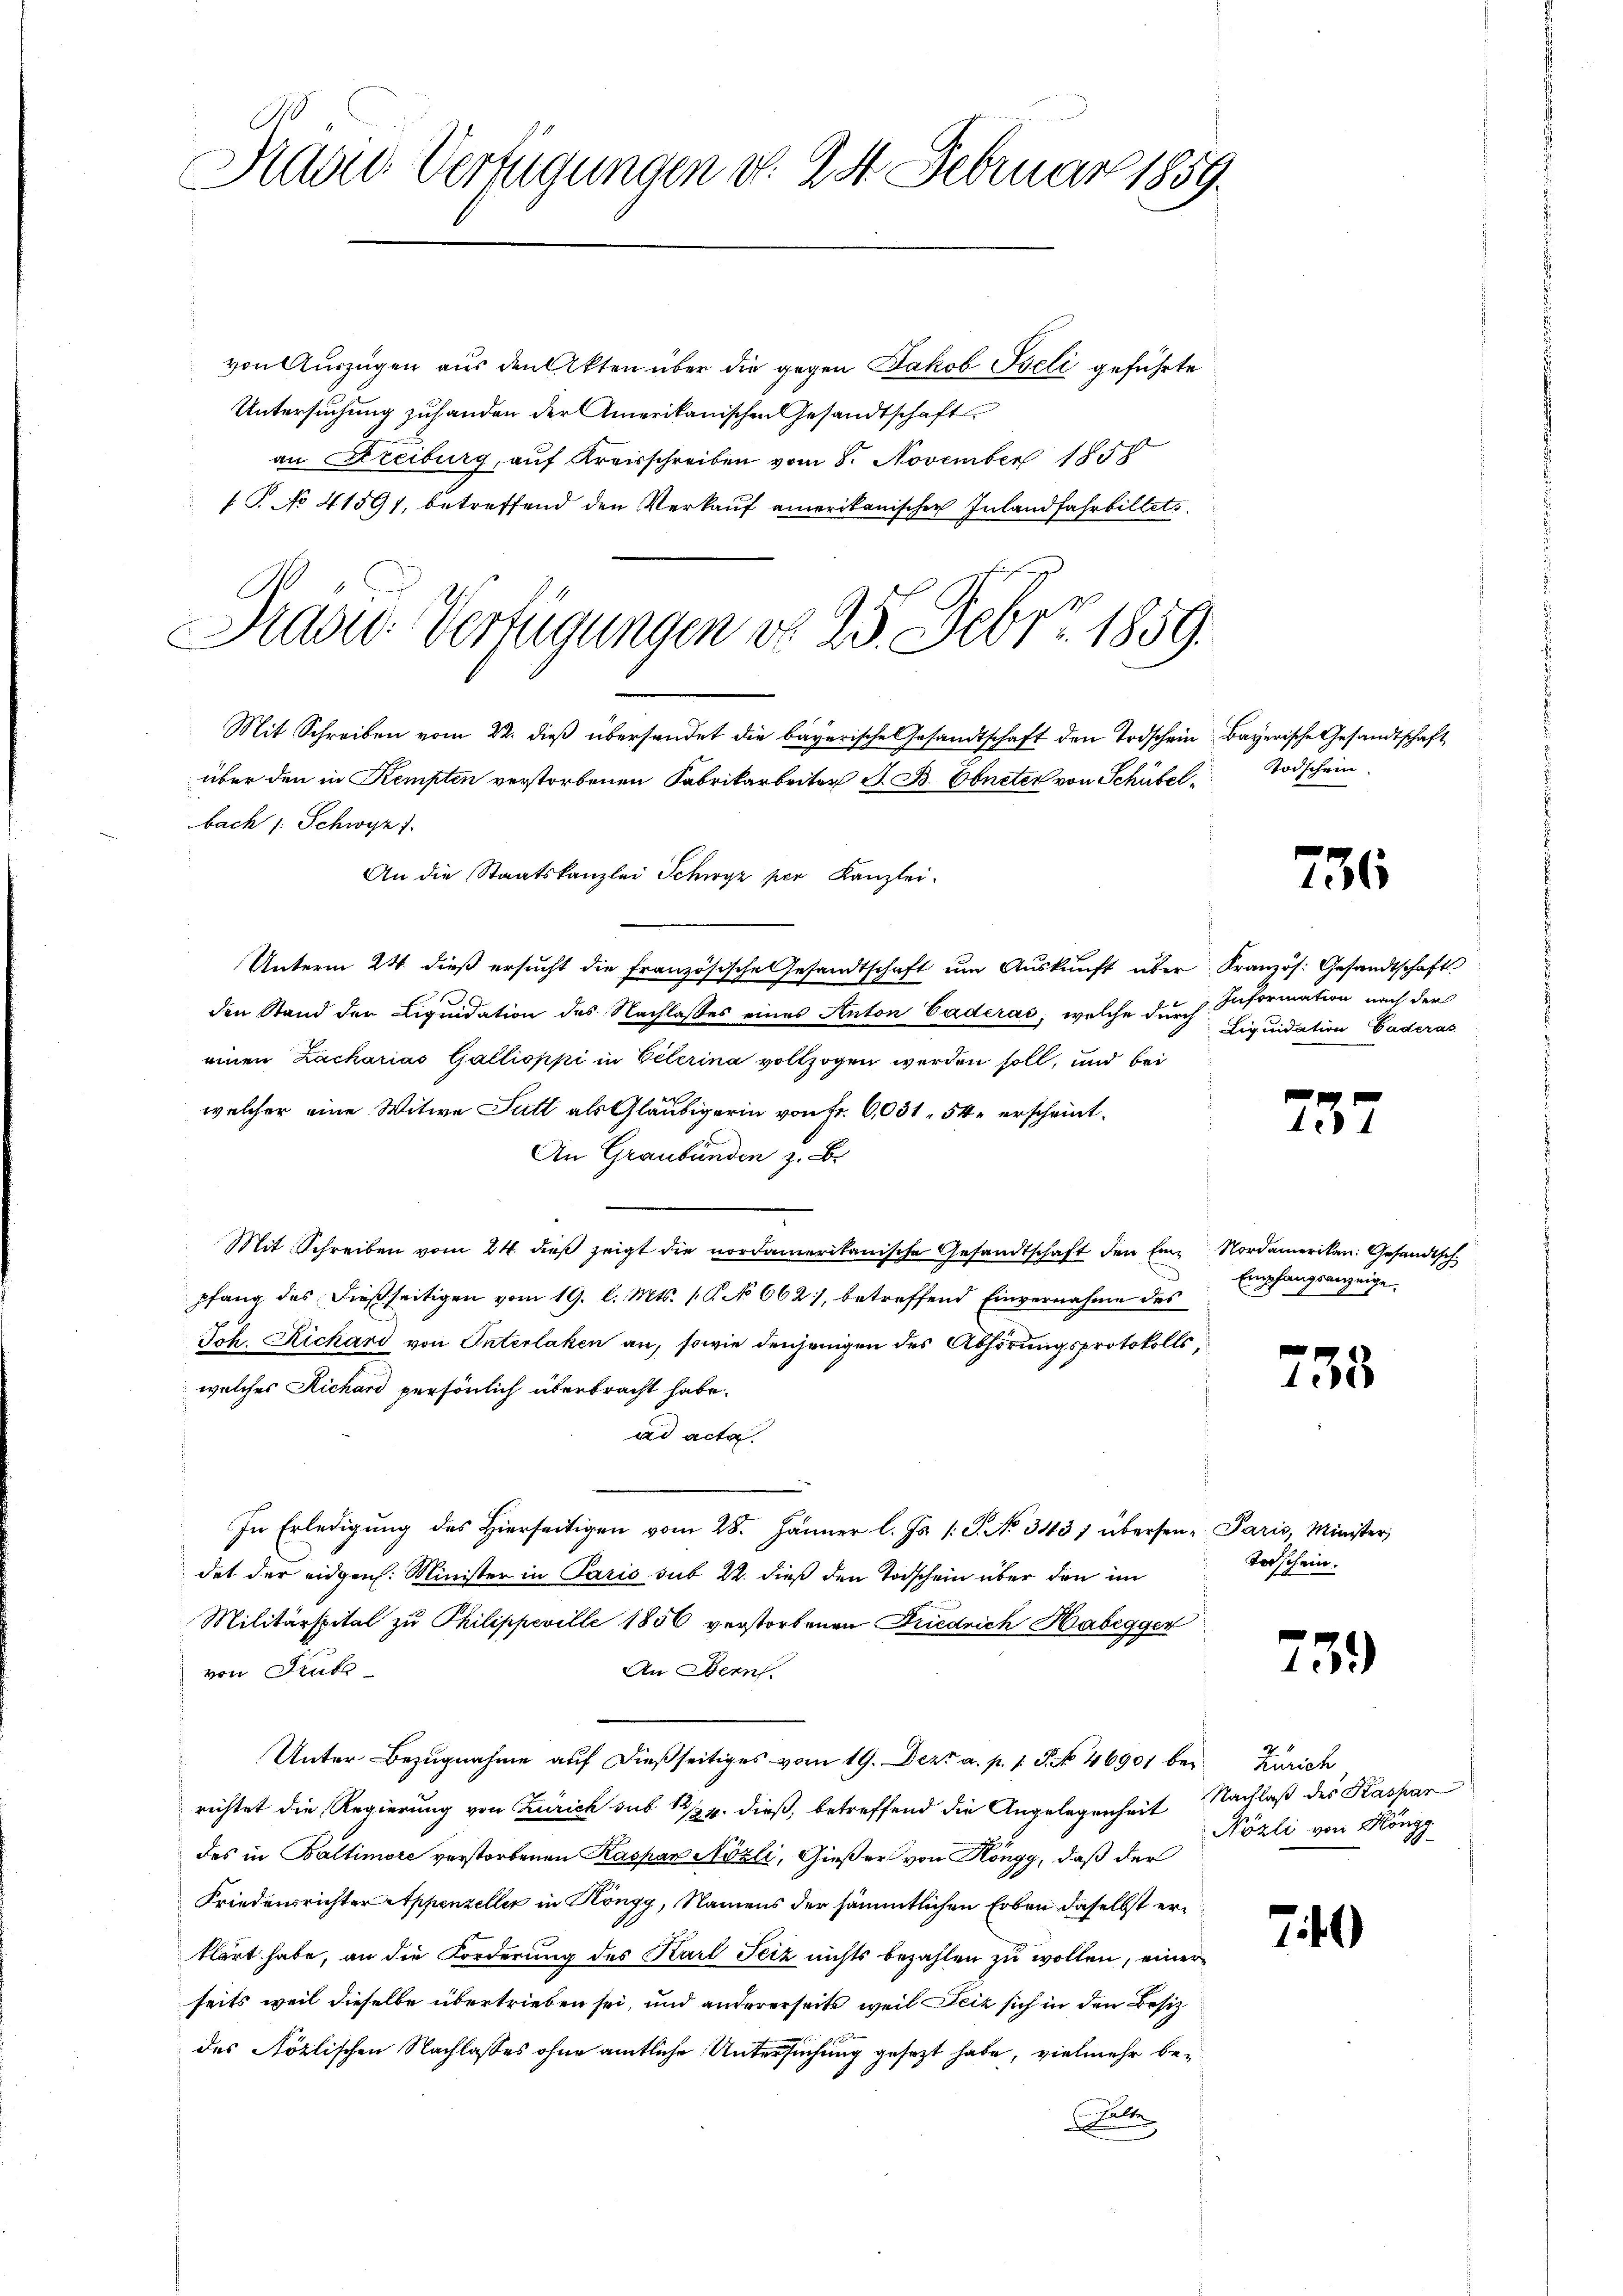
Radre Verfügungen d. 24. Februar 1859.

von Auszügen aus den Akten über die gegen Jakob Iseli geführte
Untersuchung zuhanden der Amerikanischen Gesandtschaft
an Freiburg, auf Kreisschreiben vom 8. November 1858
S. No 41591, betreffend den Verkauf amerikanischen Inland fahrbillets
Mit Schreiben vom 22. dieβ übersendet die bayerische Gesandtschaft den Todschein Bayerische Gesandtschaft
über den in Kempten verstorbenen Fabrikarbeiter J. B. Ebneter von Schübelbach /: Schwyz 1.
An die Staatskanzlei Schwyz per Kanzlei-
Unterm 24. dieß ersucht die französische Gesandtschaft ŭm Aŭskŭnft über Kranzös. Gesandtschaft
den Stand der Liquidation des Nachlasses eines Anton Caderas, welche durch
einen Zacharias Gallisppi in Veterina vollzogen werden soll, und bei
welcher eine Witwe Futt als Gläubigerin von Fr. 6,031. 54 erscheint.
An Graubünden z. B.
Mit Schreiben vom 24. dieß zeigt die vordamerikanische Gesandtschaft den Eine Nordamerikan: Gesandtsch
pfang des dießseitigen vom 19. l. Mts. 1. P. No 662), betreffend Einvernahme des
Joh. Richard von Interlaken an, sowie denjenigen des Abhörungsprotokolls
welches Richard persönlich überbracht habe.
ad acta.
In Erledigŭng des hierseitigen vom 28. Jänner l. Js. s. S. No. 3437 übersen-Paris, Minister,
det der eidgen. Minister in Paris sub 22. dieß den Todschein über den im
Militärspital zu Philippeville 1856 verstorbenen Friedrich Habegger
von Frk
An Bern.
Unter Bezugnahme auf dießseitiges vom 19. Dez. a. p. 1. P. No 46901 bei Zürich
richtet die Regierung von Zürich sub 1/4. dieß, betreffend die Angelegenheit Nachlaß des Kaspar
des in Baltimore verstorbenen Kaspar Nözli, Gießer von Köngg, daß der
Friedensrichter Appenzeller in Höngg, Namens der sämmtlichen Erben daselbst erklärt habe, an die Forderung des Karl Seiz nichts bezahlen zu wollen, einerseits weil dieselbe übertrieben sei, und andererseits weil Seiz sich in den Besiz
des Stözlischen Nachlasses ohne amtliche Untersuchung gesezt habe, vielmehr be¬
Elte

Prase Verfügungen d. 25. Febr. 1859.

Information nach der
Liquidation Gaderas

Empfangsanzeige.

Todschein

Torschein.

736

237

755

739)

Nözli von Höngg

740